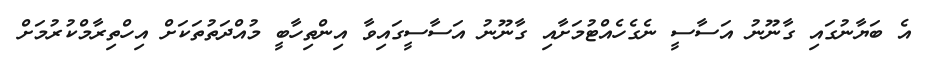
އެ ބަޔާނުގައި ގާނޫނު އަސާސީ ނެގެހެއްޓުމަށާއި ގާނޫނު އަސާސީގައިވާ އިންތިހާބީ މުއްދަތުތަކަށް އިހްތިރާމްކުރުމަށް